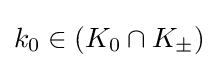
k_{0}\in (K_{0}\cap K_{\pm })